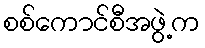
စစ်ကောင်စီအဖွဲ့က